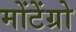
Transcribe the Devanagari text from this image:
मोंटेंग्रो